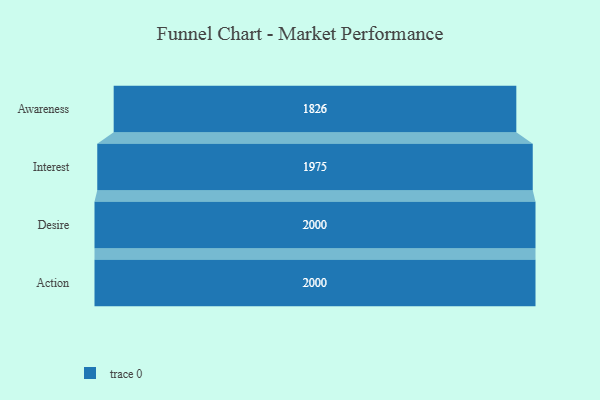
{"axis": {"x": "Stage", "y": "Value"}, "legend": [""], "data": [{"x": "Awareness", "y": 1826.0, "type": ""}, {"x": "Interest", "y": 1975.0, "type": ""}, {"x": "Desire", "y": 2000, "type": ""}, {"x": "Action", "y": 2000, "type": ""}]}